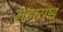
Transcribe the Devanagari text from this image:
महाराष्ट्न्